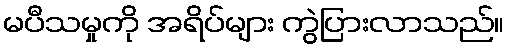
မပီသမှုကို အရိပ်များ ကွဲပြားလာသည်။